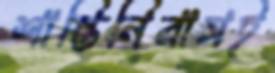
শান্তিনিবাসই